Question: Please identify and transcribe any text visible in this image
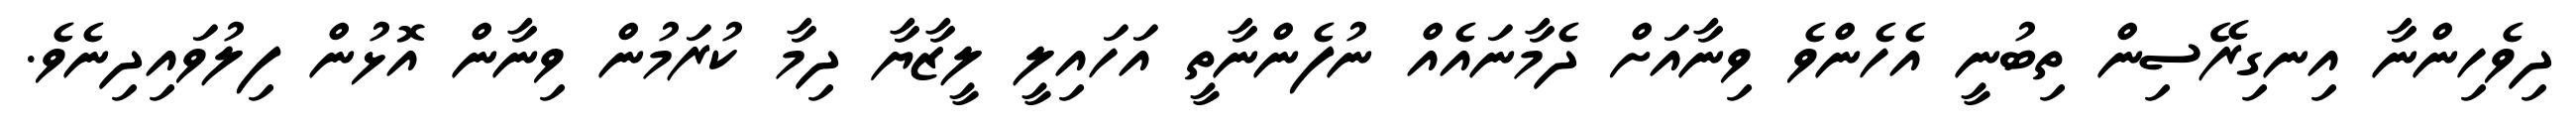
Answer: ދިވެހިންނާ އިނގިރޭސިން ތިބުނީ އެހެންވެ ވިނާއަށް ދެމާނައެއް ނުފެންނާތީ އަހައިލީ ލީޒާޔާ ދިމާ ކުރަމުން ވިނާން އޮޅުން ފިލުވައިދިނެވެ.